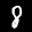
Label: 8